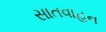
સાતવાહન